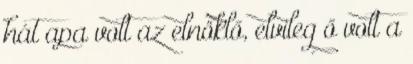
hát apa volt az elnöklő, elvileg ő volt a